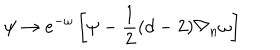
\psi \rightarrow e ^ { - \omega } \left[ \psi - \frac { 1 } { 2 } ( d - 2 ) \nabla _ { n } \omega \right]